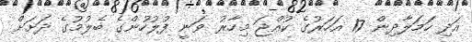
އަދި ހަމަލާދިން 17 އަހަރުގެ ކުއްޖަ މިހާރު ވަނީ ފުލުހުންގެ ބެލުމުގެ ދަށަށް